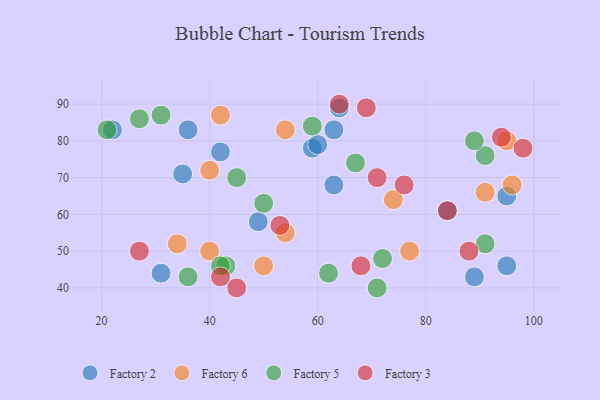
{"axis": {"x": "GDP", "y": "Life Expectancy"}, "legend": ["Factory 2", "Factory 3", "Factory 5", "Factory 6"], "data": [{"x": "59", "y": 78, "type": "Factory 2"}, {"x": "22", "y": 83, "type": "Factory 2"}, {"x": "63", "y": 83, "type": "Factory 2"}, {"x": "60", "y": 79, "type": "Factory 2"}, {"x": "36", "y": 83, "type": "Factory 2"}, {"x": "89", "y": 43, "type": "Factory 2"}, {"x": "31", "y": 44, "type": "Factory 2"}, {"x": "49", "y": 58, "type": "Factory 2"}, {"x": "63", "y": 68, "type": "Factory 2"}, {"x": "64", "y": 89, "type": "Factory 2"}, {"x": "42", "y": 77, "type": "Factory 2"}, {"x": "35", "y": 71, "type": "Factory 2"}, {"x": "95", "y": 65, "type": "Factory 2"}, {"x": "95", "y": 46, "type": "Factory 2"}, {"x": "84", "y": 61, "type": "Factory 2"}, {"x": "91", "y": 66, "type": "Factory 6"}, {"x": "40", "y": 72, "type": "Factory 6"}, {"x": "54", "y": 83, "type": "Factory 6"}, {"x": "50", "y": 46, "type": "Factory 6"}, {"x": "40", "y": 50, "type": "Factory 6"}, {"x": "34", "y": 52, "type": "Factory 6"}, {"x": "95", "y": 80, "type": "Factory 6"}, {"x": "42", "y": 87, "type": "Factory 6"}, {"x": "54", "y": 55, "type": "Factory 6"}, {"x": "96", "y": 68, "type": "Factory 6"}, {"x": "74", "y": 64, "type": "Factory 6"}, {"x": "77", "y": 50, "type": "Factory 6"}, {"x": "72", "y": 48, "type": "Factory 5"}, {"x": "36", "y": 43, "type": "Factory 5"}, {"x": "43", "y": 46, "type": "Factory 5"}, {"x": "50", "y": 63, "type": "Factory 5"}, {"x": "45", "y": 70, "type": "Factory 5"}, {"x": "31", "y": 87, "type": "Factory 5"}, {"x": "67", "y": 74, "type": "Factory 5"}, {"x": "59", "y": 84, "type": "Factory 5"}, {"x": "71", "y": 40, "type": "Factory 5"}, {"x": "91", "y": 76, "type": "Factory 5"}, {"x": "27", "y": 86, "type": "Factory 5"}, {"x": "91", "y": 52, "type": "Factory 5"}, {"x": "42", "y": 46, "type": "Factory 5"}, {"x": "89", "y": 80, "type": "Factory 5"}, {"x": "62", "y": 44, "type": "Factory 5"}, {"x": "21", "y": 83, "type": "Factory 5"}, {"x": "68", "y": 46, "type": "Factory 3"}, {"x": "45", "y": 40, "type": "Factory 3"}, {"x": "64", "y": 90, "type": "Factory 3"}, {"x": "42", "y": 43, "type": "Factory 3"}, {"x": "94", "y": 81, "type": "Factory 3"}, {"x": "84", "y": 61, "type": "Factory 3"}, {"x": "53", "y": 57, "type": "Factory 3"}, {"x": "27", "y": 50, "type": "Factory 3"}, {"x": "88", "y": 50, "type": "Factory 3"}, {"x": "76", "y": 68, "type": "Factory 3"}, {"x": "98", "y": 78, "type": "Factory 3"}, {"x": "69", "y": 89, "type": "Factory 3"}, {"x": "71", "y": 70, "type": "Factory 3"}]}